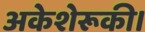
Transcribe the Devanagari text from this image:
अकेशेरूकी।